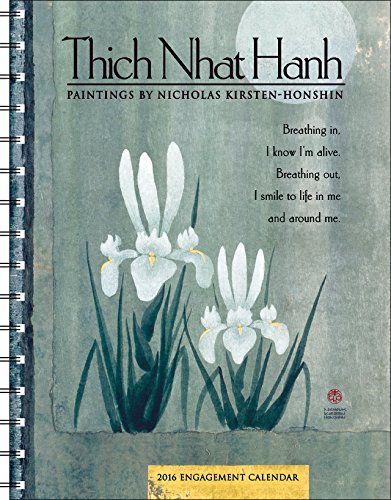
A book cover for Thich Nhat Hanh 2016 Engagement Datebook Calendar; Thich Nhat Hanh; Religion & Spirituality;